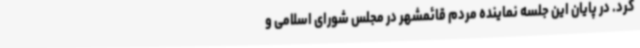
کرد. در پایان این جلسه نماینده مردم قائمشهر در مجلس شورای اسلامی و